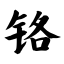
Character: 铬